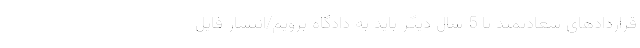
قراردادهای سعادتمند تا 5 سال دیگر باید به دادگاه برویم/انتشار فایل